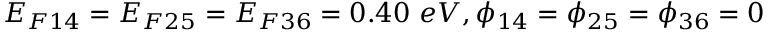
E _ { F 1 4 } = E _ { F 2 5 } = E _ { F 3 6 } = 0 . 4 0 ~ e V , \phi _ { 1 4 } = \phi _ { 2 5 } = \phi _ { 3 6 } = 0